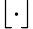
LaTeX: \left\lfloor\cdot\right\rfloor